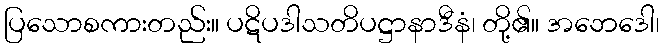
ပြသောစကားတည်း။ ပဋိပဒါသတိပဋ္ဌာနာဒီနံ၊ တို့၏။ အဘေဒေါ၊